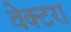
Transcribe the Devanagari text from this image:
वेक्टरा